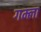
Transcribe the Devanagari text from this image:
गम्ला